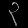
Digit: ၃